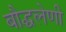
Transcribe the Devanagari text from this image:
बौद्घलेणी